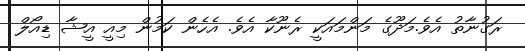
ރަގުނާތު އެވެ.މަދޫގެ މަންމައަކީ ރެނޫކާ އެވެ. އެހެން ކަމުން މިއީ އީޝާ ޑިއޯލް